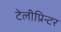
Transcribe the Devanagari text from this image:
टेलीप्रिन्टर